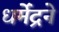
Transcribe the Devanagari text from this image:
धर्मेंद्रने